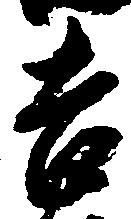
吉